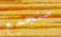
سنجمع